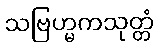
သဗြဟ္မကသုတ္တံ